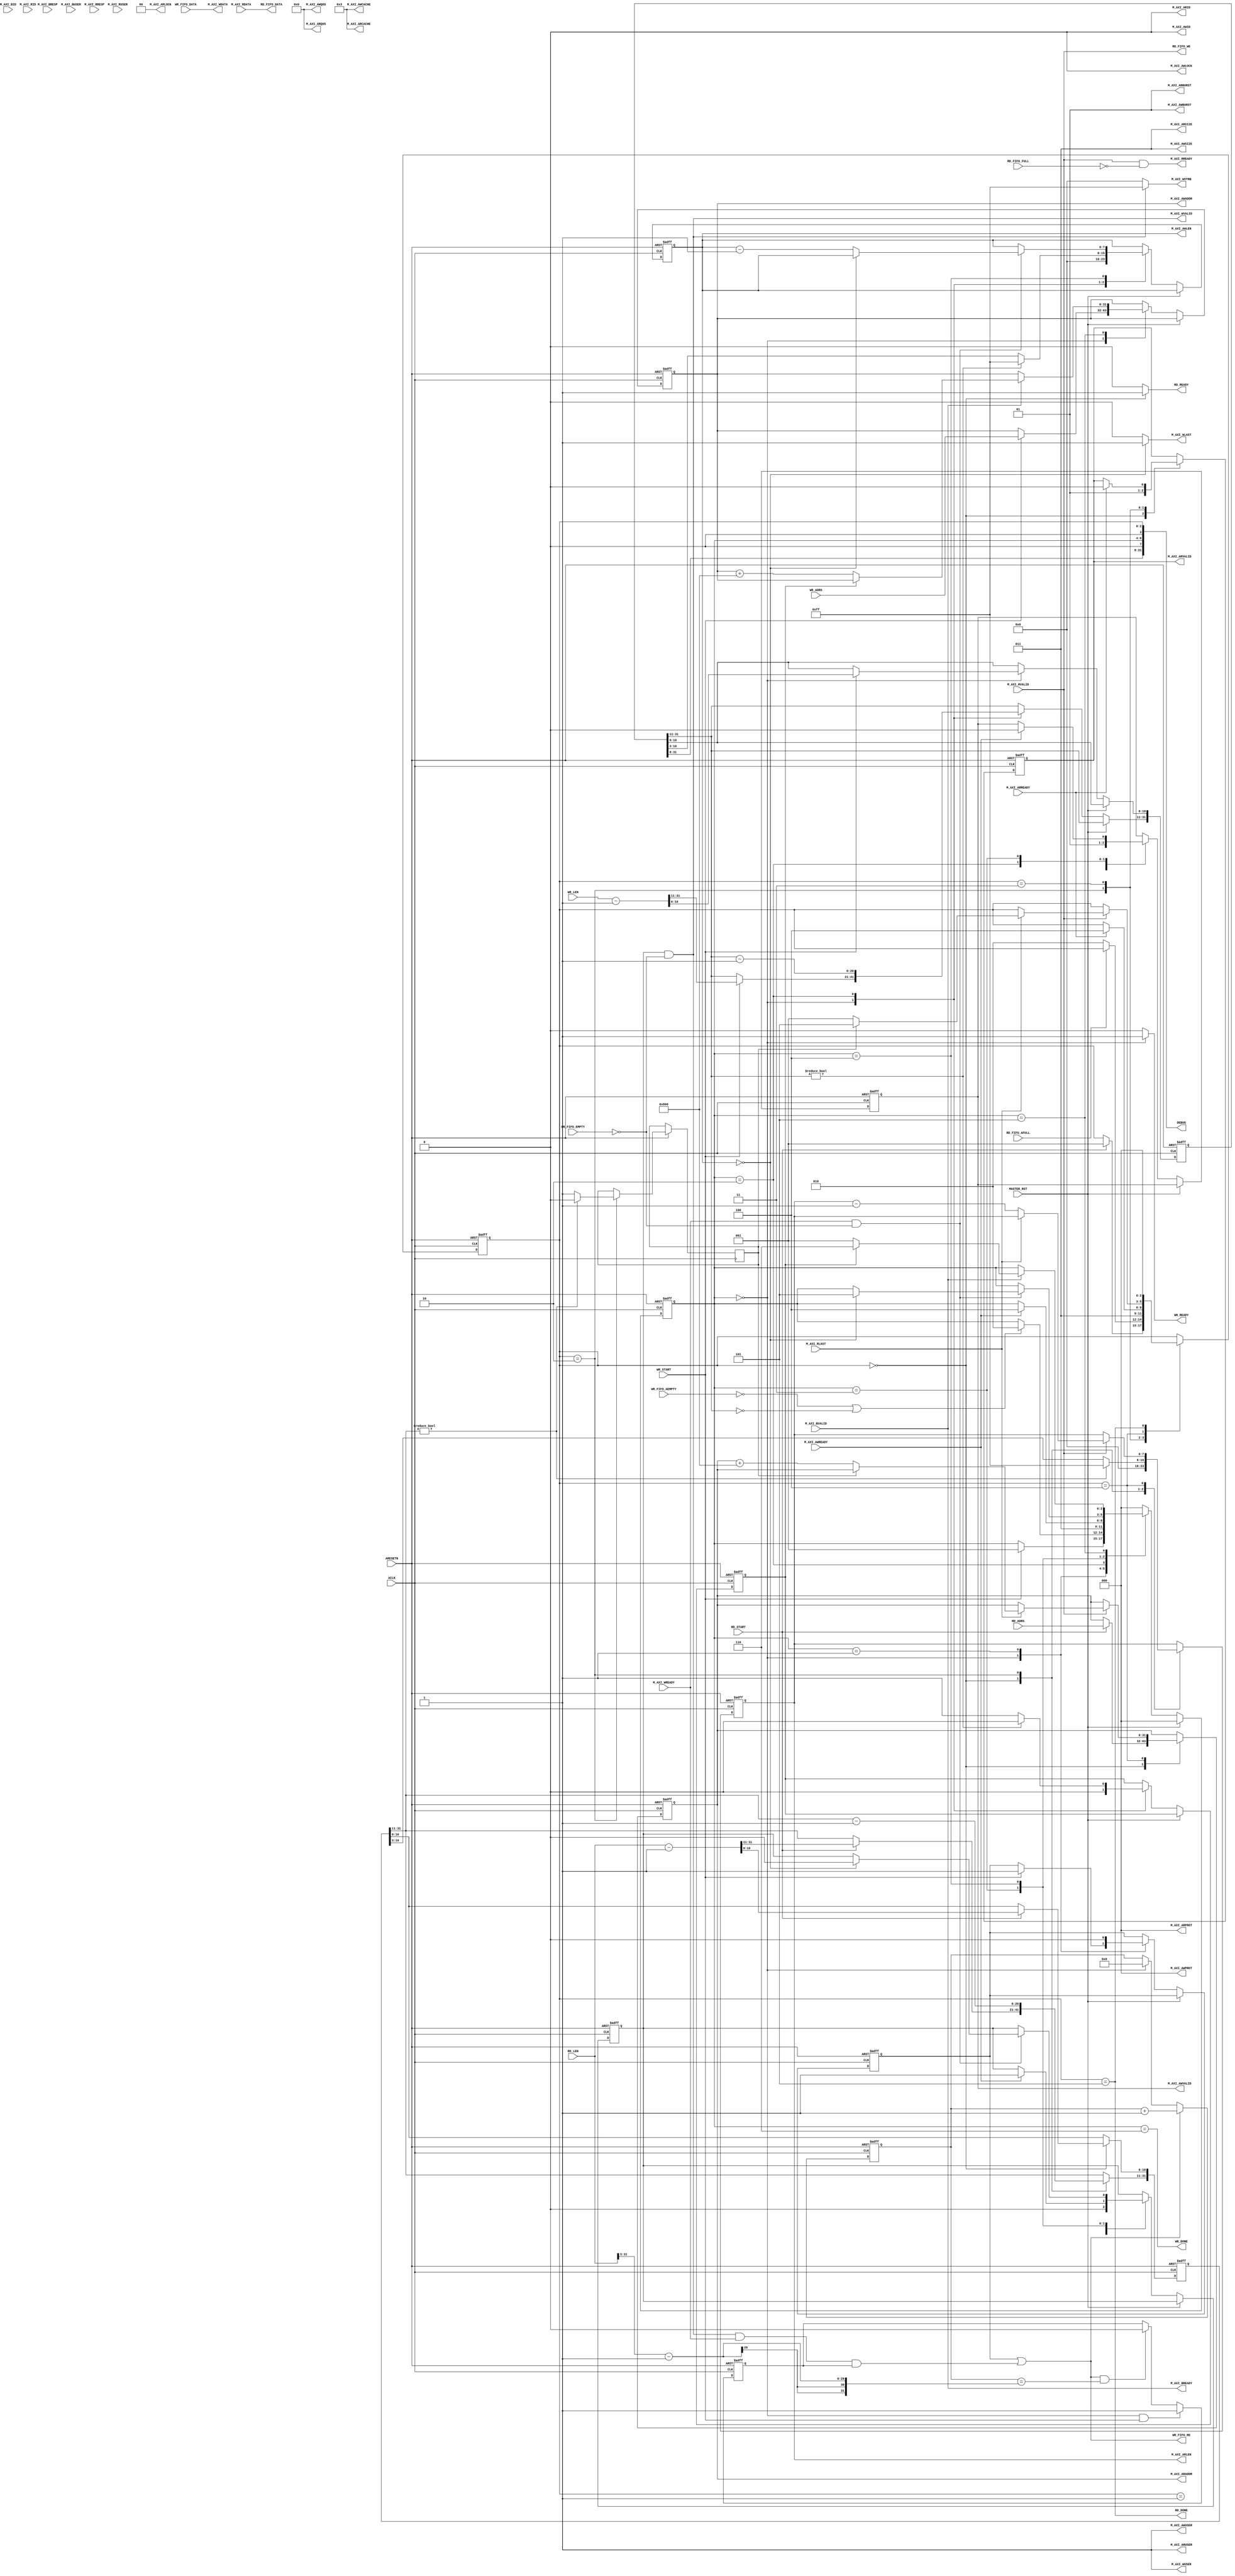
module aq_axi_master(
  input           ARESETN,
  input           ACLK,

  output [0:0]  M_AXI_AWID,
  output [31:0] M_AXI_AWADDR,
  output [7:0]  M_AXI_AWLEN,    
  output [2:0]  M_AXI_AWSIZE,   
  output [1:0]  M_AXI_AWBURST,  
  output        M_AXI_AWLOCK,   
  output [3:0]  M_AXI_AWCACHE,  
  output [2:0]  M_AXI_AWPROT,   
  output [3:0]  M_AXI_AWQOS,    
  output [0:0]  M_AXI_AWUSER,   
  output        M_AXI_AWVALID,
  input         M_AXI_AWREADY,

  
  output [63:0] M_AXI_WDATA,
  output [7:0]  M_AXI_WSTRB,
  output        M_AXI_WLAST,
  output [0:0]  M_AXI_WUSER,
  output        M_AXI_WVALID,
  input         M_AXI_WREADY,

  input [0:0]   M_AXI_BID,
  input [1:0]   M_AXI_BRESP,
  input [0:0]   M_AXI_BUSER,
  input         M_AXI_BVALID,
  output        M_AXI_BREADY,

  output [0:0]  M_AXI_ARID,
  output [31:0] M_AXI_ARADDR,
  output [7:0]  M_AXI_ARLEN,
  output [2:0]  M_AXI_ARSIZE,
  output [1:0]  M_AXI_ARBURST,
  output [1:0]  M_AXI_ARLOCK,
  output [3:0]  M_AXI_ARCACHE,
  output [2:0]  M_AXI_ARPROT,
  output [3:0]  M_AXI_ARQOS,
  output [0:0]  M_AXI_ARUSER,
  output        M_AXI_ARVALID,
  input         M_AXI_ARREADY,
    

  input [0:0]   M_AXI_RID,
  input [63:0]  M_AXI_RDATA,
  input [1:0]   M_AXI_RRESP,
  input         M_AXI_RLAST,
  input [0:0]   M_AXI_RUSER,
  input         M_AXI_RVALID,
  output        M_AXI_RREADY,
        

  input         MASTER_RST,
  
  input         WR_START,
  input [31:0]  WR_ADRS,
  input [31:0]  WR_LEN, 
  output        WR_READY,
  output        WR_FIFO_RE,
  input         WR_FIFO_EMPTY,
  input         WR_FIFO_AEMPTY,
  input [63:0]  WR_FIFO_DATA,
  output        WR_DONE,

  input         RD_START,
  input [31:0]  RD_ADRS,
  input [31:0]  RD_LEN, 
  output        RD_READY,
  output        RD_FIFO_WE,
  input         RD_FIFO_FULL,
  input         RD_FIFO_AFULL,
  output [63:0] RD_FIFO_DATA,
  output        RD_DONE,

  output [31:0] DEBUG
);

  localparam S_WR_IDLE  = 3'd0;
  localparam S_WA_WAIT  = 3'd1;
  localparam S_WA_START = 3'd2;
  localparam S_WD_WAIT  = 3'd3;
  localparam S_WD_PROC  = 3'd4;
  localparam S_WR_WAIT  = 3'd5;
  localparam S_WR_DONE  = 3'd6;
  
  reg [2:0]   wr_state;
  reg [31:0]  reg_wr_adrs;
  reg [31:0]  reg_wr_len;
  reg         reg_awvalid, reg_wvalid, reg_w_last;
  reg [7:0]   reg_w_len;
  reg [7:0]   reg_w_stb;
  reg [1:0]   reg_wr_status;
  reg [3:0]   reg_w_count, reg_r_count;

  reg [7:0]   rd_chkdata, wr_chkdata;
  reg [1:0]   resp;
  reg rd_first_data;
  reg rd_fifo_enable;
  reg[31:0] rd_fifo_cnt;
assign WR_DONE = (wr_state == S_WR_DONE);



assign WR_FIFO_RE         = rd_first_data | (reg_wvalid & ~WR_FIFO_EMPTY & M_AXI_WREADY & rd_fifo_enable);

always @(posedge ACLK or negedge ARESETN)
begin
	if(!ARESETN)
		rd_fifo_cnt <= 32'd0;
	else if(WR_FIFO_RE)
		rd_fifo_cnt <= rd_fifo_cnt + 32'd1;
	else if(wr_state == S_WR_IDLE)
		rd_fifo_cnt <= 32'd0;	
end

always @(posedge ACLK or negedge ARESETN)
begin
	if(!ARESETN)
		rd_fifo_enable <= 1'b0;
	else if(wr_state == S_WR_IDLE && WR_START)
		rd_fifo_enable <= 1'b1;
	else if(WR_FIFO_RE && (rd_fifo_cnt == RD_LEN[31:3] - 32'd1) )
		rd_fifo_enable <= 1'b0;		
end

  always @(posedge ACLK or negedge ARESETN) begin
    if(!ARESETN) begin
      wr_state            <= S_WR_IDLE;
      reg_wr_adrs[31:0]   <= 32'd0;
      reg_wr_len[31:0]    <= 32'd0;
      reg_awvalid         <= 1'b0;
      reg_wvalid          <= 1'b0;
      reg_w_last          <= 1'b0;
      reg_w_len[7:0]      <= 8'd0;
      reg_w_stb[7:0]      <= 8'd0;
      reg_wr_status[1:0]  <= 2'd0;
      reg_w_count[3:0]    <= 4'd0;
      reg_r_count[3:0]  <= 4'd0;
      wr_chkdata          <= 8'd0;
      rd_chkdata <= 8'd0;
      resp <= 2'd0;
	  rd_first_data <= 1'b0;
  end else begin
    if(MASTER_RST) begin
      wr_state <= S_WR_IDLE;
    end else begin
      case(wr_state)
        S_WR_IDLE: begin
          if(WR_START) begin
            wr_state          <= S_WA_WAIT;
            reg_wr_adrs[31:0] <= WR_ADRS[31:0];
            reg_wr_len[31:0]  <= WR_LEN[31:0] -32'd1;
			rd_first_data <= 1'b1;
          end
          reg_awvalid         <= 1'b0;
          reg_wvalid          <= 1'b0;
          reg_w_last          <= 1'b0;
          reg_w_len[7:0]      <= 8'd0;
          reg_w_stb[7:0]      <= 8'd0;
          reg_wr_status[1:0]  <= 2'd0;
        end
        S_WA_WAIT: begin
          if(!WR_FIFO_AEMPTY | (reg_wr_len[31:11] == 21'd0)) begin
            wr_state          <= S_WA_START;
          end
		  rd_first_data <= 1'b0;
        end
        S_WA_START: begin
          wr_state            <= S_WD_WAIT;
          reg_awvalid         <= 1'b1;
          reg_wr_len[31:11]    <= reg_wr_len[31:11] - 21'd1;
          if(reg_wr_len[31:11] != 21'd0) begin
            reg_w_len[7:0]  <= 8'hFF;
            reg_w_last      <= 1'b0;
            reg_w_stb[7:0]  <= 8'hFF;
          end else begin
            reg_w_len[7:0]  <= reg_wr_len[10:3];
            reg_w_last      <= 1'b1;
            reg_w_stb[7:0]  <= 8'hFF;

          end
        end
        S_WD_WAIT: begin
          if(M_AXI_AWREADY) begin
            wr_state        <= S_WD_PROC;
            reg_awvalid     <= 1'b0;
            reg_wvalid      <= 1'b1;
          end
        end
        S_WD_PROC: begin
          if(M_AXI_WREADY & ~WR_FIFO_EMPTY) begin
            if(reg_w_len[7:0] == 8'd0) begin
              wr_state        <= S_WR_WAIT;
              reg_wvalid      <= 1'b0;
              reg_w_stb[7:0]  <= 8'h00;
            end else begin
              reg_w_len[7:0]  <= reg_w_len[7:0] -8'd1;
            end
          end
        end
        S_WR_WAIT: begin
          if(M_AXI_BVALID) begin
            reg_wr_status[1:0]  <= reg_wr_status[1:0] | M_AXI_BRESP[1:0];
            if(reg_w_last) begin
              wr_state          <= S_WR_DONE;
            end else begin
              wr_state          <= S_WA_WAIT;
              reg_wr_adrs[31:0] <= reg_wr_adrs[31:0] + 32'd2048;
            end
          end
        end
        S_WR_DONE: begin
            wr_state <= S_WR_IDLE;
          end
        
        default: begin
          wr_state <= S_WR_IDLE;
        end
      endcase

      end
    end
  end
   
  assign M_AXI_AWID         = 1'b0;
  assign M_AXI_AWADDR[31:0] = reg_wr_adrs[31:0];
  assign M_AXI_AWLEN[7:0]   = reg_w_len[7:0];
  assign M_AXI_AWSIZE[2:0]  = 2'b011;
  assign M_AXI_AWBURST[1:0] = 2'b01;
  assign M_AXI_AWLOCK       = 1'b0;
  assign M_AXI_AWCACHE[3:0] = 4'b0011;
  assign M_AXI_AWPROT[2:0]  = 3'b000;
  assign M_AXI_AWQOS[3:0]   = 4'b0000;
  assign M_AXI_AWUSER[0]    = 1'b1;
  assign M_AXI_AWVALID      = reg_awvalid;

  assign M_AXI_WDATA[63:0]  = WR_FIFO_DATA[63:0];

  assign M_AXI_WSTRB[7:0]   = (reg_wvalid & ~WR_FIFO_EMPTY)?8'hFF:8'h00;
  assign M_AXI_WLAST        = (reg_w_len[7:0] == 8'd0)?1'b1:1'b0;
  assign M_AXI_WUSER        = 1;
  assign M_AXI_WVALID       = reg_wvalid & ~WR_FIFO_EMPTY;


  assign M_AXI_BREADY       = M_AXI_BVALID;

  assign WR_READY           = (wr_state == S_WR_IDLE)?1'b1:1'b0;
  


  localparam S_RD_IDLE  = 3'd0;
  localparam S_RA_WAIT  = 3'd1;
  localparam S_RA_START = 3'd2;
  localparam S_RD_WAIT  = 3'd3;
  localparam S_RD_PROC  = 3'd4;
  localparam S_RD_DONE  = 3'd5;
  
  reg [2:0]   rd_state;
  reg [31:0]  reg_rd_adrs;
  reg [31:0]  reg_rd_len;
  reg         reg_arvalid, reg_r_last;
  reg [7:0]   reg_r_len;
 assign RD_DONE = (rd_state == S_RD_DONE) ; 
  // Read State
  always @(posedge ACLK or negedge ARESETN) begin
    if(!ARESETN) begin
      rd_state          <= S_RD_IDLE;
      reg_rd_adrs[31:0] <= 32'd0;
      reg_rd_len[31:0]  <= 32'd0;
      reg_arvalid       <= 1'b0;
      reg_r_len[7:0]    <= 8'd0;
    end else begin
      case(rd_state)
        S_RD_IDLE: begin
          if(RD_START) begin
            rd_state          <= S_RA_WAIT;
            reg_rd_adrs[31:0] <= RD_ADRS[31:0];
            reg_rd_len[31:0]  <= RD_LEN[31:0] -32'd1;
          end
          reg_arvalid     <= 1'b0;
          reg_r_len[7:0]  <= 8'd0;
        end
        S_RA_WAIT: begin
          if(~RD_FIFO_AFULL) begin
            rd_state          <= S_RA_START;
          end
        end
        S_RA_START: begin
          rd_state          <= S_RD_WAIT;
          reg_arvalid       <= 1'b1;
          reg_rd_len[31:11] <= reg_rd_len[31:11] -21'd1;
          if(reg_rd_len[31:11] != 21'd0) begin
            reg_r_last      <= 1'b0;
            reg_r_len[7:0]  <= 8'd255;
          end else begin
            reg_r_last      <= 1'b1;
            reg_r_len[7:0]  <= reg_rd_len[10:3];
          end
        end
        S_RD_WAIT: begin
          if(M_AXI_ARREADY) begin
            rd_state        <= S_RD_PROC;
            reg_arvalid     <= 1'b0;
          end
        end
        S_RD_PROC: begin
          if(M_AXI_RVALID) begin
            if(M_AXI_RLAST) begin
              if(reg_r_last) begin
                rd_state          <= S_RD_DONE;
              end else begin
                rd_state          <= S_RA_WAIT;
                reg_rd_adrs[31:0] <= reg_rd_adrs[31:0] + 32'd2048;
              end
            end else begin
              reg_r_len[7:0] <= reg_r_len[7:0] -8'd1;
            end
          end
        end
		S_RD_DONE:begin
			rd_state          <= S_RD_IDLE;
		end
			
	  endcase
    end
  end
   

  assign M_AXI_ARID         = 1'b0;
  assign M_AXI_ARADDR[31:0] = reg_rd_adrs[31:0];
  assign M_AXI_ARLEN[7:0]   = reg_r_len[7:0];
  assign M_AXI_ARSIZE[2:0]  = 3'b011;
  assign M_AXI_ARBURST[1:0] = 2'b01;
  assign M_AXI_ARLOCK       = 1'b0;
  assign M_AXI_ARCACHE[3:0] = 4'b0011;
  assign M_AXI_ARPROT[2:0]  = 3'b000;
  assign M_AXI_ARQOS[3:0]   = 4'b0000;
  assign M_AXI_ARUSER[0]    = 1'b1;
  assign M_AXI_ARVALID      = reg_arvalid;

  assign M_AXI_RREADY       = M_AXI_RVALID & ~RD_FIFO_FULL;

  assign RD_READY           = (rd_state == S_RD_IDLE)?1'b1:1'b0;
  assign RD_FIFO_WE         = M_AXI_RVALID;
  assign RD_FIFO_DATA[63:0] = M_AXI_RDATA[63:0];

  assign DEBUG[31:0] = {reg_wr_len[31:8],
                        1'd0, wr_state[2:0], 1'd0, rd_state[2:0]};
   
endmodule